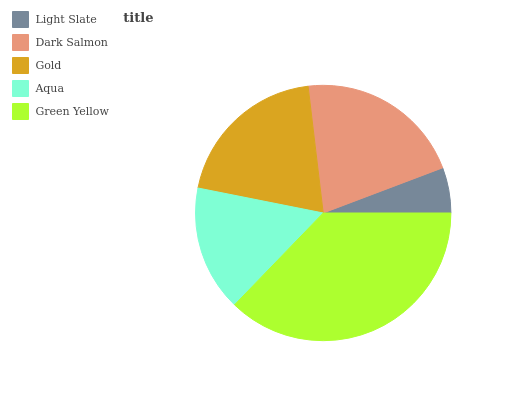
| Light Slate | Dark Salmon | Gold | Aqua | Green Yellow |
 | --- | --- | --- | --- | --- |
 | 5.75% | 21.1% | 20% | 15.9% | 37.2% |